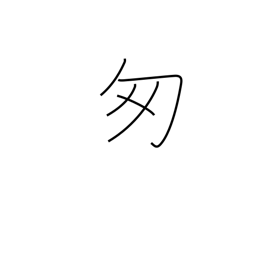
Meaning: be flustered